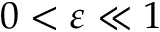
0 < \varepsilon \ll 1